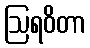
ဩရဝိတာ